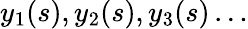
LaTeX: y_{1}(s),y_{2}(s),y_{3}(s)\ldots